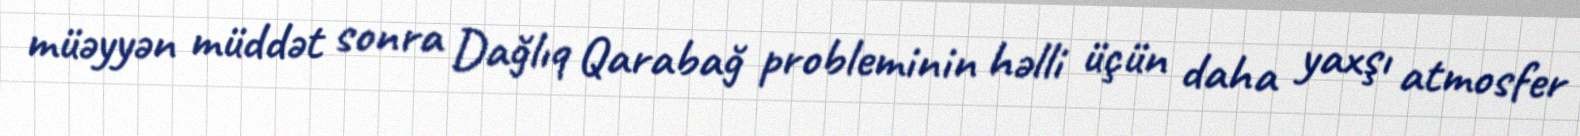
müəyyən müddət sonra Dağlıq Qarabağ probleminin həlli üçün daha yaxşı atmosfer